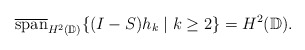
\begin{align*}\overline{\mathrm{span}}_{H^2(\mathbb{D})}\{(I-S)h_k \mid k \geq 2\} = H^2(\mathbb{D}).\end{align*}